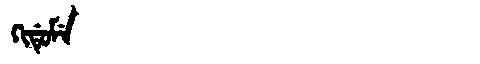
Manchu: ᡴᡳᡩᡠᠮᡝ
Romanization: KIDUME